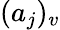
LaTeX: (a_{j})_{v}